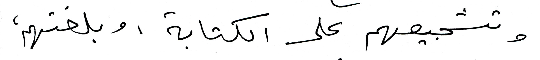
وتشجيعهم على الكتابة ، وبلغتهم،